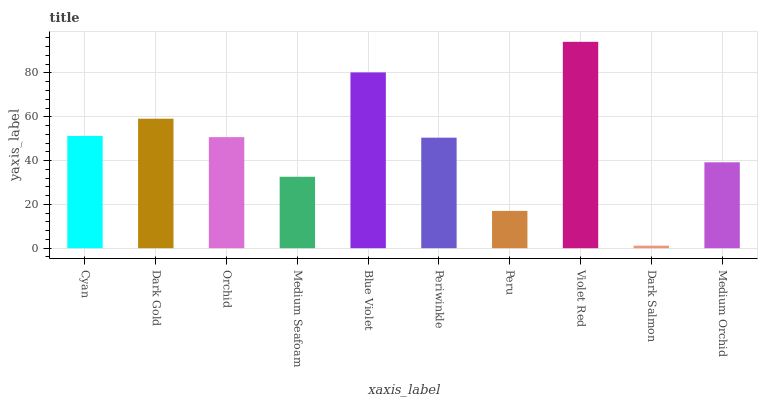
| xaxis_label | bars |
 | --- | --- |
 | Cyan | 51.3 |
 | Dark Gold | 59.1 |
 | Orchid | 50.7 |
 | Medium Seafoam | 32.6 |
 | Blue Violet | 80.3 |
 | Periwinkle | 50.5 |
 | Peru | 17 |
 | Violet Red | 94.2 |
 | Dark Salmon | 1.15 |
 | Medium Orchid | 39.2 |